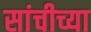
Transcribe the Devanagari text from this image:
सांचीच्या